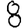
Digit: 8